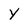
Character: y